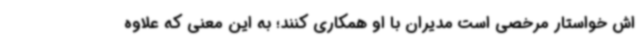
اش خواستار مرخصی است مدیران با او همکاری کنند؛ به این معنی که علاوه